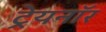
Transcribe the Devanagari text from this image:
ट्रेयनॉर